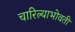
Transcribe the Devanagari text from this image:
चारित्र्याभोवती